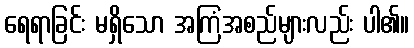
ရေရာခြင်း မရှိသော အကြံအစည်များလည်း ပါ၏။